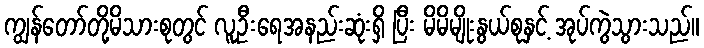
ကျွန်တော်တို့မိသားစုတွင် လူဦးရေအနည်းဆုံးရှိ ပြီး မိမိမျိုးနွယ်စုနှင့် အုပ်ကွဲသွားသည်။